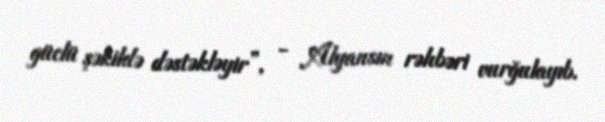
güclü şəkildə dəstəkləyir”, - Alyansın rəhbəri vurğulayıb.